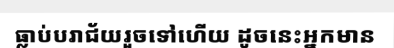
ធ្លាប់បរាជ័យរួចទៅហើយ ដូចនេះអ្នកមាន